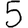
Digit: 5